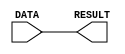
// Computer Architecture (CO224) - Lab 05 Part-1
// Design: FORWARD module
// Group: Group-49 
// Reg. No.: E/19/038 and E/19/256


// Module for FORWARD unit
module FORWARD(DATA, RESULT);

	input [7:0] DATA;    // Input data for addition
	output [7:0] RESULT;  // Output result for addition
	
	//Assigns the value of DATA to RESULT after a delay of 1 time unit
	assign #1 RESULT = DATA;

endmodule